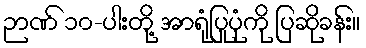
ဉာဏ် ၁၀-ပါးတို့ အာရုံပြုပုံကို ပြဆိုခန်း။